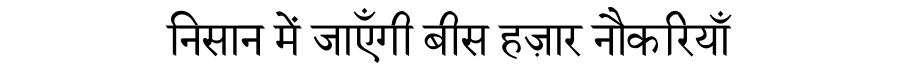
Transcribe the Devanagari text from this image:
निसान में जाएँगी बीस हज़ार नौकरियाँ